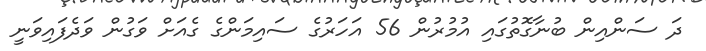
ދަ ސަންއިން ބުނާގޮތުގައި އުމުރުން 56 އަހަރުގެ ސައިމަންގެ ގެއަށް ވަގުން ވަދެފައިވަނީ